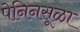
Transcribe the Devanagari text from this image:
पेनिनसूळा